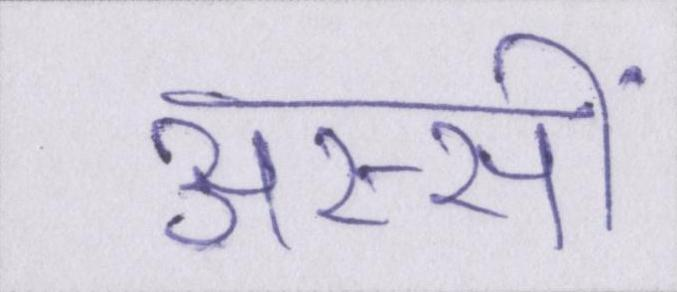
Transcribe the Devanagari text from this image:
अस्सीं